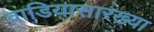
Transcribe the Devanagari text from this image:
वाडियासारख्या